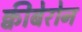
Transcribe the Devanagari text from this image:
क्वीबेरोन